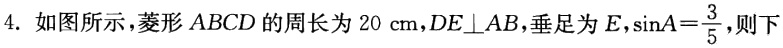
4. 如图所示，菱形 \(ABCD\) 的周长为 \(20\ \text{cm}\)，\(DE\perp AB\)，垂足为 \(E\)，\(\sin A = \frac{3}{5}\)，则下